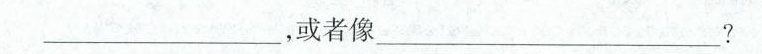
___，或者像___?